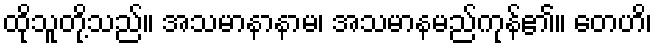
ထိုသူတို့သည်။ အသမာနာနာမ၊ အသမာနမည်ကုန်၏။ တေဟိ၊